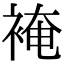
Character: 裺